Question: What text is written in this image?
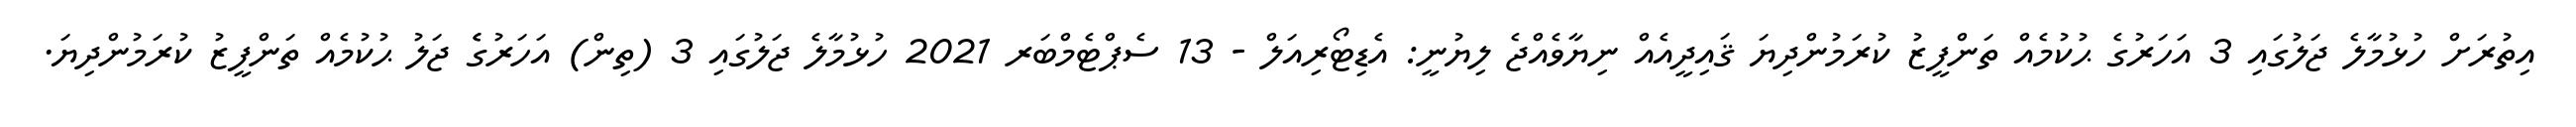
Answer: އިތުރަށް ހުޅުމާލެ ޖަލުގައި 3 އަހަރުގެ ޙުކުމެއް ތަންފީޒު ކުރަމުންދިޔަ ޤައިދީއެއް ނިޔާވެއްޖެ ލިޔުނީ: އެޑިޓޯރިއަލް - 13 ސެޕްޓެމްބަރ 2021 ހުޅުމާލެ ޖަލުގައި 3 (ތިން) އަހަރުގެެ ޖަލު ޙުކުމެއް ތަންފީޒު ކުރަމުންދިޔަ.